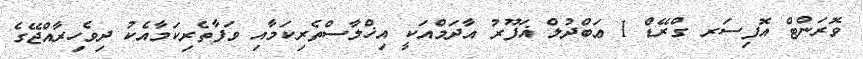
ވޮރަންޓް އޮފިސަރ ގްރޭޑް 1 ޢަބްދުލް ޣަފޫރު އާދަމްއަކީ އިޚްލާސްތެރިކަމާއި ވަފާތެރިކަމާއެކު ދިވެހިރާއްޖޭގެ